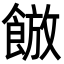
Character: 𮩀